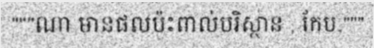
"""ណា មានផលប៉ះពាល់បរិស្ថាន , កែប,"""